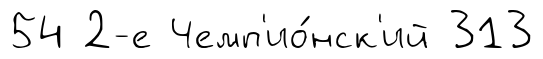
54 2-е Чемп'ио́нск'ий 313